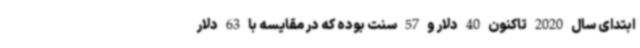
ابتدای سال 2020 تاکنون 40 دلار و 57 سنت بوده که در مقایسه با 63 دلار